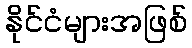
နိုင်ငံများအဖြစ်